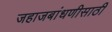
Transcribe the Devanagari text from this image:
जहाजबांधणीसाठी